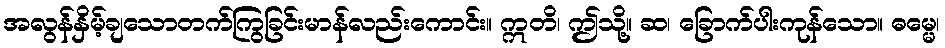
အလွန်နှိမ့်ချသောတက်ကြွခြင်းမာန်လည်းကောင်း။ ဣတိ၊ ဤသို့။ ဆ၊ ခြောက်ပါးကုန်သော။ ဓမ္မေ၊